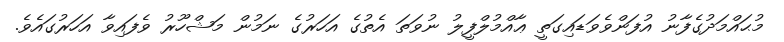
މުޙައްމަދުގެފާނު އުފަންވެވަޑައިގަތީ ޢާއްމުލްފީލު ނުވަތަ އެތުގެ އަހަރުގެ ނަމުން މަޝްހޫރު ވެފައިވާ އަހަރުގައެވެ.